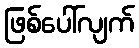
ဖြစ်ပေါ်လျက်